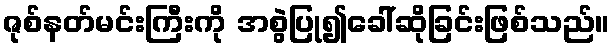
ဇုစ်နတ်မင်းကြီးကို အစွဲပြု၍ခေါ်ဆိုခြင်းဖြစ်သည်။